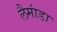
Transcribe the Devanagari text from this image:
लैमांडा